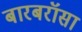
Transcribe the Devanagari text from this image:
बारबरॉसा